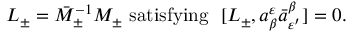
L _ { \pm } = \bar { M } _ { \pm } ^ { - 1 } M _ { \pm } \ \mathrm { s a t i s f y i n g } \ \ [ L _ { \pm } , a _ { \beta } ^ { \varepsilon } \bar { a } _ { \varepsilon ^ { \prime } } ^ { \beta } ] = 0 .